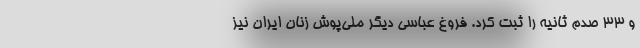
و ۳۳ صدم ثانیه را ثبت کرد. فروغ عباسی دیگر ملی‌پوش زنان ایران نیز